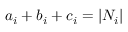
a _ { i } + b _ { i } + c _ { i } = | N _ { i } |